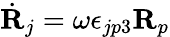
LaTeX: \dot{\mathbf R}_{j}=\omega\epsilon_{jp3}{\mathbf R}_{p}